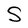
Character: S